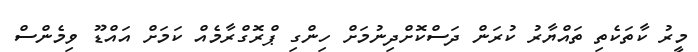
މީރު ކާތަކެތި ތައްޔާރު ކުރަން ދަސްކޮށްދިނުމަށް ހިންގި ޕްރޮގްރާމެއް ކަމަށް އައްޑޫ ވިމެންސް